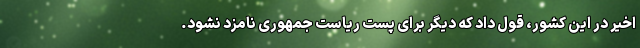
اخیر در این کشور، قول داد که دیگر برای پست ریاست جمهوری نامزد نشود.